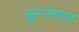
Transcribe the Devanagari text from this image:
फ्लूरजेपाम